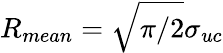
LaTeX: R_{mean}=\sqrt{\pi/2}\sigma_{uc}